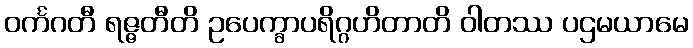
ဝင်္ကဂတီ ရဇ္ဇတီတိ ဥပေက္ခာပရိဂ္ဂဟိတာတိ ဝါတဿ ပဌမယာမေ